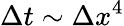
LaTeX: \Delta t\sim\Delta x^{4}